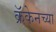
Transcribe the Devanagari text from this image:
क्रॅकेनच्या